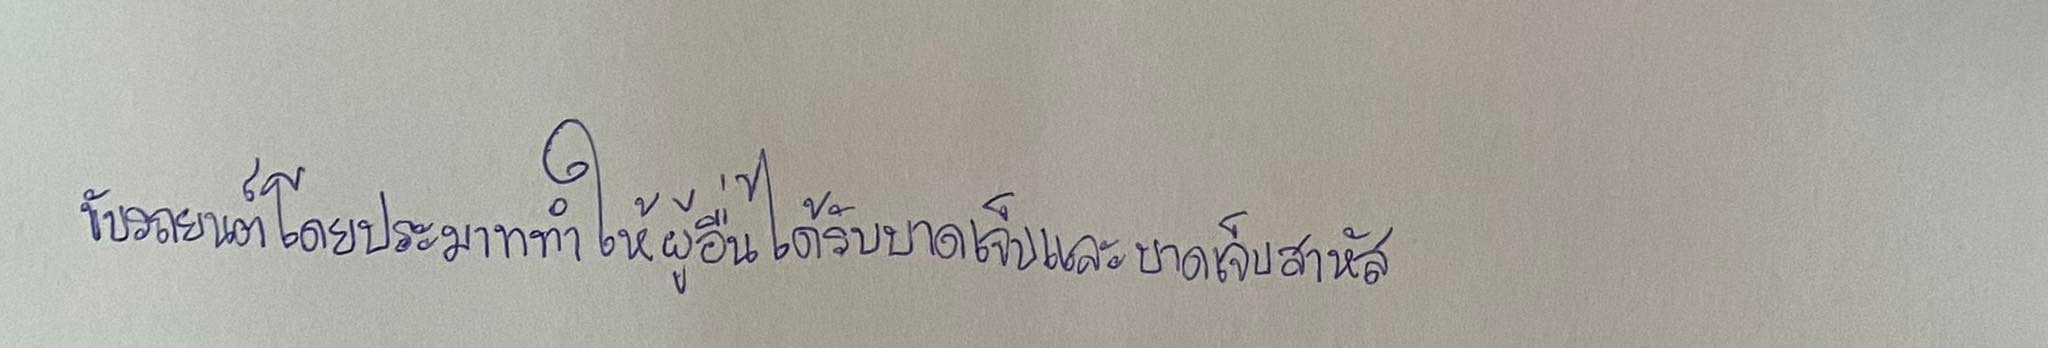
ขับรถยนต์โดยประมาททำให้ผู้อื่นได้รับบาดเจ็บและบาดเจ็บสาหัส